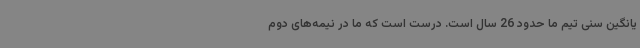
یانگین سنی تیم ما حدود 26 سال است. درست است که ما در نیمه‌های دوم